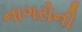
નાગરોની